Civil Veterinary Department. United Provinces 1932-42 - 1932-1942
Year: 1932
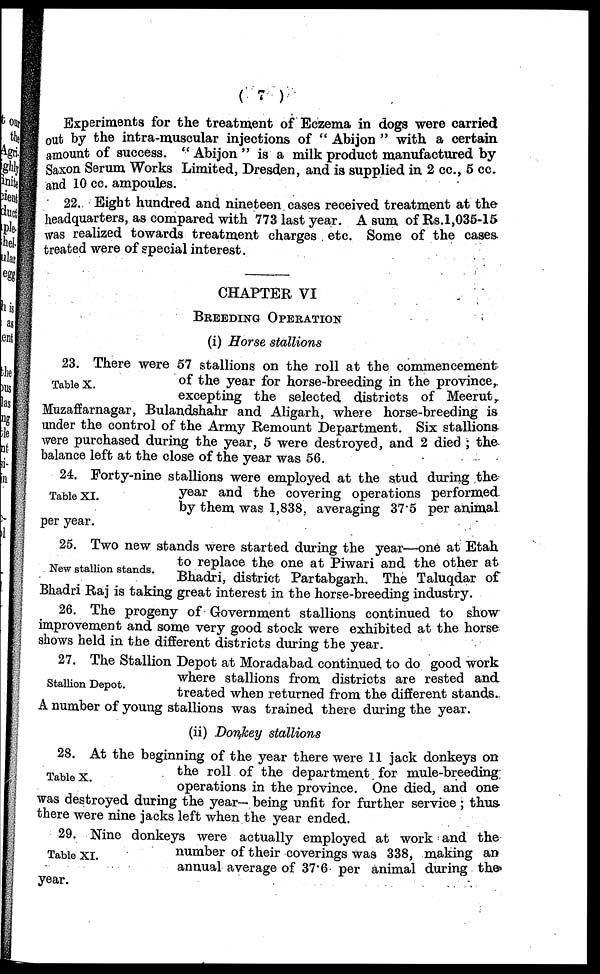
(7)
Experiments for the treatment of Eczema in dogs were carried
out by the intra-muscular injections of " Abijon " with a certain
amount of success. " Abijon " is a milk product manufactured by-
Saxon Serum Works Limited, Dresden, and is supplied in 2 cc, 5 cc.
and 10 cc. ampoules.
22. Eight hundred and nineteen cases received treatment at the
headquarters, as compared with 773 last year. A sum of Rs.1,035-15
was realized towards treatment charges etc. Some of the cases.
treated were of special interest.
CHAPTER VI
BREEDING OPERATION
(i) Horse stallions
Table X.
23. There were 57 stallions on the roll at the commencement
of the year for horse-breeding in the province,
excepting the selected districts of Meerut,
Muzaffarnagar, Bulandshahr and Aligarh, where horse-breeding is
under the control of the Army Remount Department. Six stallions
were purchased during the year, 5 were destroyed, and 2 died ; the
balance left at the close of the year was 56.
Table XI.
24. Forty-nine stallions were employed at the stud during the
year and the covering operations performed,
by them was 1,838. averaging 375 per animal
per year.
New stallion stands.
25. Two new stands were started during the year—one at Etah
to replace the one at Piwari and the other at
Bhadri, district Partabgarh. The Taluqdar of
Bhadri Raj is taking great interest in the horse-breeding industry.
26. The progeny of Government stallions continued to show
improvement and some very good stock were exhibited at the horse
shows held in the different districts during the year.
Stallion Depot.
27. The Stallion Depot at Moradabad continued to do good work
where stallions from, districts are rested and
treated when returned from the different stands.
A number of young stallions was trained there during the year.
(ii) Donkey stallions
Table X.
28. At the beginning of the year there were 11 jack donkeys on
the roll of the department for mule-breeding;
operations in the province. One died, and one
was destroyed during the year- being unfit for further service ; thus-
there were nine jacks left when the year ended.
Table XI.
29. Nine donkeys were actually employed at work and the
number of their coverings was 338, making an
annual average of 37.6 per animal during the
year.